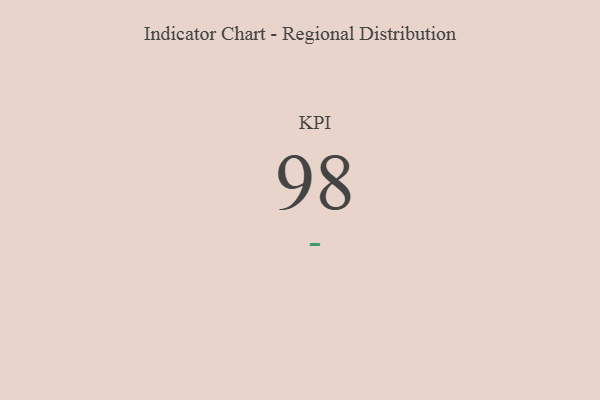
{"axis": {"x": "KPI", "y": "Value"}, "legend": [""], "data": [{"x": "KPI", "y": 98, "type": ""}]}